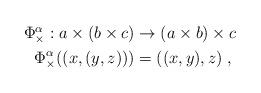
LaTeX: \begin{align*}\begin{aligned}\Phi_\times^\alpha:a\times (b\times c)&\rightarrow (a\times b)\times c\\\Phi_\times^\alpha((x,(y,z)))&= ((x,y),z)\;,\end{aligned}\end{align*}